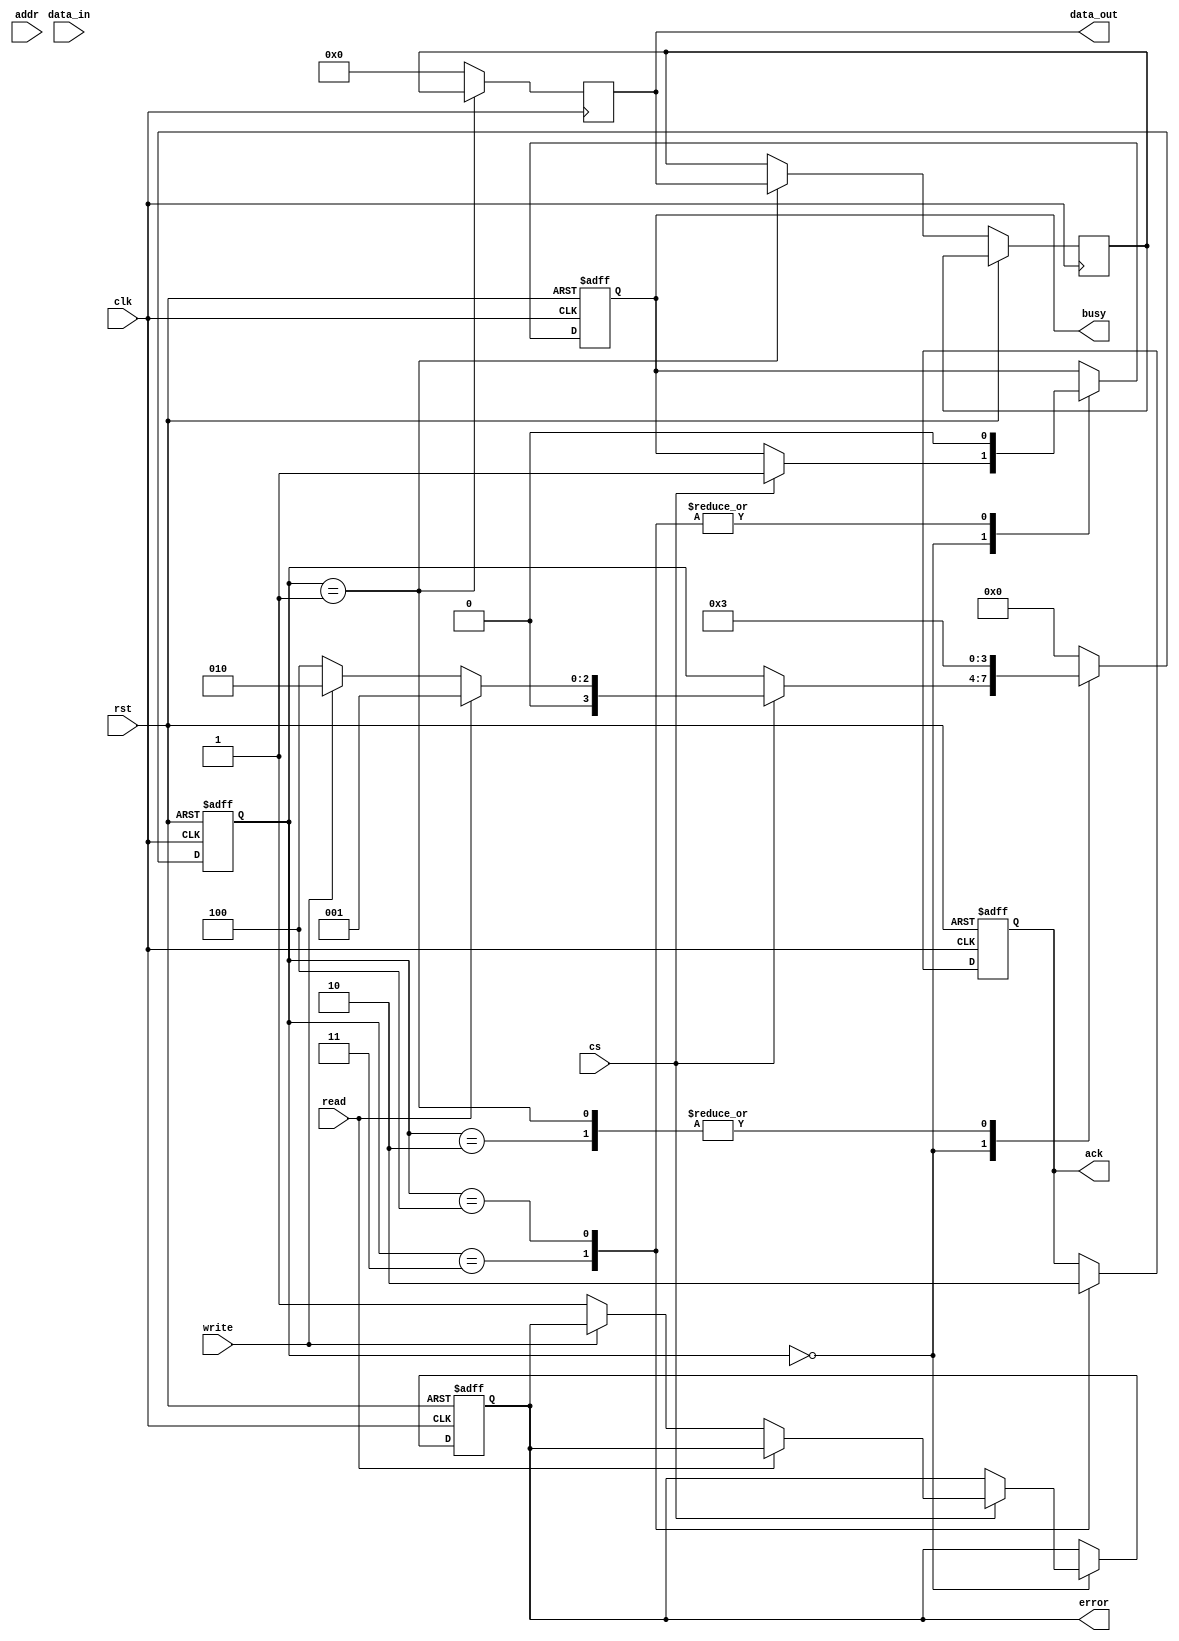
module SSD_IO_Block #(
    parameter DATA_WIDTH = 32,
    parameter ADDR_WIDTH = 16
)(
    input wire clk,
    input wire rst,
    input wire cs,          // Chip Select
    input wire read,        // Read command
    input wire write,       // Write command
    input wire [ADDR_WIDTH-1:0] addr, // Address bus
    input wire [DATA_WIDTH-1:0] data_in, // Data input
    output reg [DATA_WIDTH-1:0] data_out, // Data output
    output reg ack,         // Acknowledge signal
    output reg busy,        // Busy signal
    output reg error        // Error signal
);

// Internal signals
reg [DATA_WIDTH-1:0] input_buffer;
reg [DATA_WIDTH-1:0] output_buffer;
reg [3:0] state;

// State encoding
localparam IDLE   = 4'b0000;
localparam READ   = 4'b0001;
localparam WRITE  = 4'b0010;
localparam ACK    = 4'b0011;
localparam ERROR  = 4'b0100;

// Command decoder and state machine
always @(posedge clk or posedge rst) begin
    if (rst) begin
        state <= IDLE;
        ack <= 0;
        busy <= 0;
        error <= 0;
    end else begin
        case (state)
            IDLE: begin
                if (cs) begin
                    busy <= 1;
                    if (read) begin
                        state <= READ;
                    end else if (write) begin
                        state <= WRITE;
                    end else begin
                        error <= 1; // Invalid command
                        state <= ERROR;
                    end
                end
            end
            
            READ: begin
                // Simulate read operation
                output_buffer <= data_out; // Read data from memory (simulated)
                state <= ACK;
            end
            
            WRITE: begin
                // Simulate write operation
                input_buffer <= data_in; // Write data to memory (simulated)
                state <= ACK;
            end
            
            ACK: begin
                ack <= 1; // Acknowledge the operation
                busy <= 0; // Operation complete
                state <= IDLE; // Go back to idle state
            end
            
            ERROR: begin
                ack <= 0; // No acknowledge on error
                busy <= 0; // Operation complete
                state <= IDLE; // Go back to idle state
            end
            
            default: state <= IDLE; // Default to idle on unknown state
        endcase
    end
end

// Output data logic
always @(posedge clk) begin
    if (state == READ) begin
        data_out <= output_buffer; // Output the read data
    end else begin
        data_out <= 0; // Clear data output otherwise
    end
end

endmodule